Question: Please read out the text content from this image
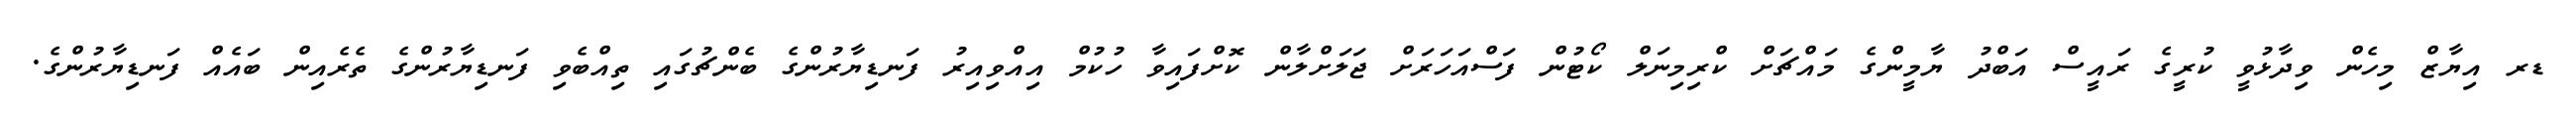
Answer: ޑރ އިޔާޒް މިހެން ވިދާޅުވީ ކުރީގެ ރައީސް އަބްދު ޔާމީންގެ މައްޗަށް ކްރިމިނަލް ކޯޓުން ފަސްއަހަރަށް ޖަލަށްލާން ކޮށްފައިވާ ހުކުމް އިއްވިއިރު ފަނޑިޔާރުންގެ ބެންޗުގައި ތިއްބެވި ފަނޑިޔާރުންގެ ތެރެއިން ބައެއް ފަނޑިޔާރުންގެ.